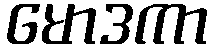
မောဒကာ